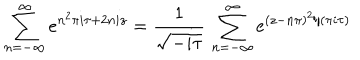
\sum _ { n = - \infty } ^ { \infty } e ^ { n ^ { 2 } \pi i \tau + 2 n i z } = \frac { 1 } { \sqrt { - i \tau } } \, \sum _ { n = - \infty } ^ { \infty } e ^ { ( z - n \pi ) ^ { 2 } / ( \pi i \tau ) }